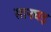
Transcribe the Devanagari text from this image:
सानघड़